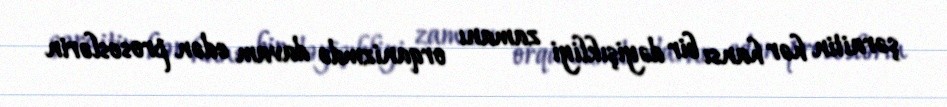
şəraitin hər hansı bir dəyişıkliyi zamanı orqanizmdə davam edən proseslərin